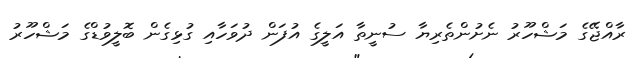
ރާއްޖޭގެ މަޝްހޫރު ނެށުންތެރިޔާ ސުނީތާ އަލީގެ އުފަން ދުވަހާއި ގުޅިގެން ބޮލީވުޑްގެ މަޝްހޫރު